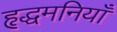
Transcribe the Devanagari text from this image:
हृद्धमनियाँ